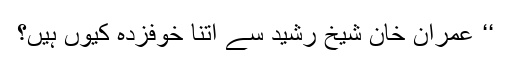
‘‘ عمران خان شیخ رشید سے اتنا خوفزدہ کیوں ہیں؟